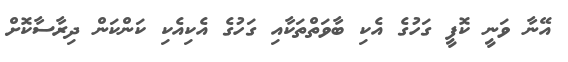
އޭނާ ވަނީ ކޮފީ ގަހުގެ އެކި ބާވަތްތަކާއި ގަހުގެ އެކިއެކި ކަންކަން ދިރާސާކޮށް